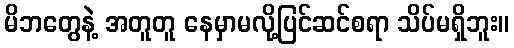
မိဘတွေနဲ့ အတူတူ နေမှာမလို့ပြင်ဆင်စရာ သိပ်မရှိဘူး။